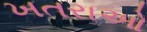
ખતરાઓ